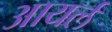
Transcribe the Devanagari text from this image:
आयर्ल